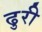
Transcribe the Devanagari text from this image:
ढुरी